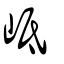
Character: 岻